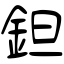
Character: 鉭